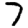
Digit: 7